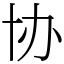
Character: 协